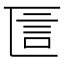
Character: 𠥵